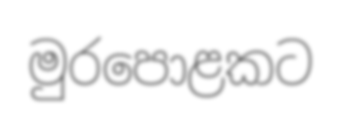
මුරපොළකට